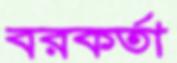
বরকর্তা